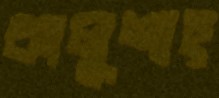
কালুশাহ্